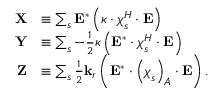
\begin{array} { r l } { \mathbf { X } } & { \equiv \sum _ { s } \mathbf { E } ^ { * } \left( \boldsymbol { \kappa } \cdot \boldsymbol { \chi } _ { s } ^ { H } \cdot \mathbf { E } \right) } \\ { \mathbf { Y } } & { \equiv \sum _ { s } - \frac { 1 } { 2 } \boldsymbol { \kappa } \left( \mathbf { E } ^ { * } \cdot \boldsymbol { \chi } _ { s } ^ { H } \cdot \mathbf { E } \right) } \\ { \mathbf { Z } } & { \equiv \sum _ { s } \frac { 1 } { 2 } \mathbf { k } _ { r } \left( \mathbf { E } ^ { * } \cdot \left( \boldsymbol { \chi } _ { s } \right) _ { A } \cdot \mathbf { E } \right) . } \end{array}